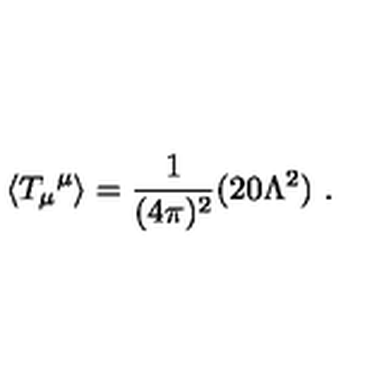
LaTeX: \langle { T _ { \mu } } ^ { \mu } \rangle = \frac { 1 } { ( 4 \pi ) ^ { 2 } } ( 2 0 \Lambda ^ { 2 } ) \ .